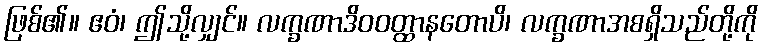
ဖြစ်၏။ ဧဝံ၊ ဤသို့လျှင်။ လက္ခဏာဒိဝဝတ္ထာနတောပိ၊ လက္ခဏာအစရှိသည်တို့ကို